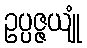
ဥပ္ပဇ္ဇယျုံ